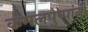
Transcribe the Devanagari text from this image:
कमलपुष्पांनी